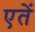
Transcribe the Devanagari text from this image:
एतें